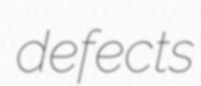
defects